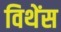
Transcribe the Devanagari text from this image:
विथेंस